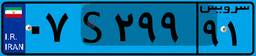
۰۷S۲۹۹۹۱